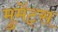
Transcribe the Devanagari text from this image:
मुमेंट्स